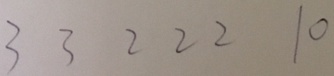
3 3 2 2 2 1 0